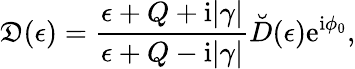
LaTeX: \mathfrak{D}(\epsilon)=\frac{\epsilon+Q+\mathrm{i}|\gamma|}{\epsilon+Q-\mathrm{i}|\gamma|}\breve{D}(\epsilon)\mathrm{e}^{\mathrm{i}\phi_{0}},